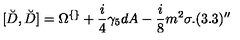
[ \breve { D } , \breve { D } ] = \Omega ^ { \{ \} } + \frac { i } { 4 } \gamma _ { 5 } d A - \frac { i } { 8 } m ^ { 2 } \sigma . ( 3 . 3 ) ^ { \prime \prime }